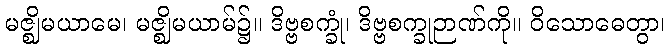
မဇ္ဈိမယာမေ၊ မဇ္ဈိမယာမ်၌။ ဒိဗ္ဗစက္ခုံ၊ ဒိဗ္ဗစက္ခုဉာဏ်ကို။ ဝိသောဓေတွာ၊